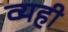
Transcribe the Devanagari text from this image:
व्यही